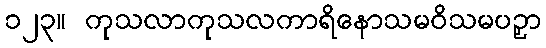
၁၂၃။ ကုသလာကုသလကာရိနောသမဝိသမပဉှာ